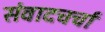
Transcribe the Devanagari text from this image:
संवादचर्चा